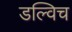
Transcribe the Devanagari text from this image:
डल्विच